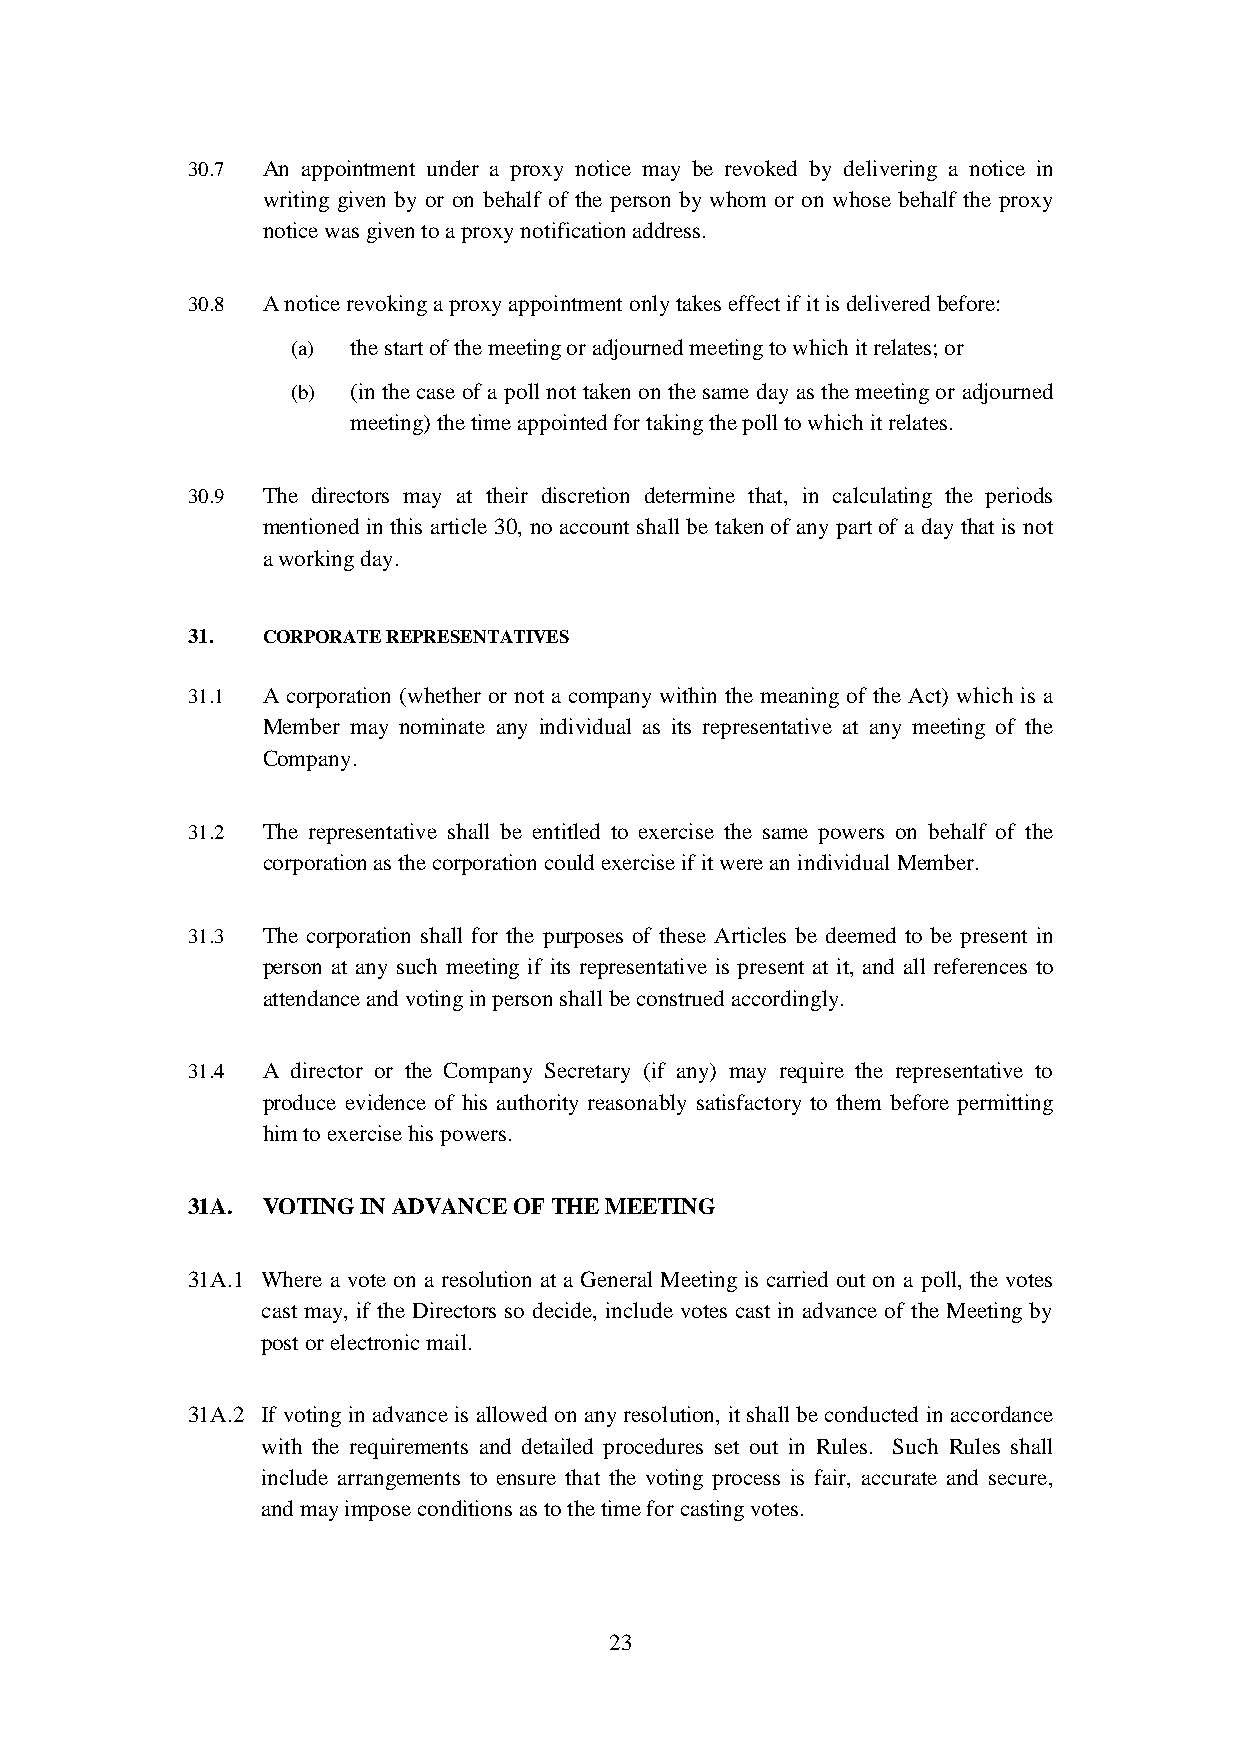
30.7 An appointment under a proxy notice may be revoked by delivering a notice in
 writing given by or on behalf of the person by whom or on whose behalf the proxy
 notice was given to a proxy notification address.
 30.8 A notice revoking a proxy appointment only takes effect if it is delivered before:
 (a) the start of the meeting or adjourned meeting to which it relates; or
 (b) (in the case of a poll not taken on the same day as the meeting or adjourned
 meeting) the time appointed for taking the poll to which it relates.
 30.9 The directors may at their discretion determine that, in calculating the periods
 mentioned in this article 30, no account shall be taken of any part of a day that is not
 a working day.
 31.  CORPORATE REPRESENTATIVES
 31.1 A corporation (whether or not a company within the meaning of the Act) which is a
 Member may nominate any individual as its representative at any meeting of the
 Company.
 31.2 The representative shall be entitled to exercise the same powers on behalf of the
 corporation as the corporation could exercise if it were an individual Member.
 31.3 The corporation shall for the purposes of these Articles be deemed to be present in
 person at any such meeting if its representative is present at it, and all references to
 attendance and voting in person shall be construed accordingly.
 31.4 A director or the Company Secretary (if any) may require the representative to
 produce evidence of his authority reasonably satisfactory to them before permitting
 him to exercise his powers.
 31A. VOTING IN ADVANCE OF THE MEETING
 31A.1 Where a vote on a resolution at a General Meeting is carried out on a poll, the votes
 cast may, if the Directors so decide, include votes cast in advance of the Meeting by
 post or electronic mail.
 31A.2 If voting in advance is allowed on any resolution, it shall be conducted in accordance
 with the requirements and detailed procedures set out in Rules. Such Rules shall
 include arrangements to ensure that the voting process is fair, accurate and secure,
 and may impose conditions as to the time for casting votes.
 23